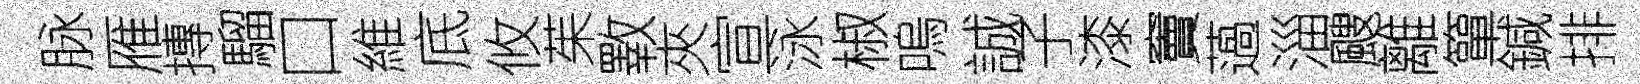
脉雁摶騮口維底攸茱斁夾宣泳椒嗚誠子漆竇薖淄颼離簞鍼排